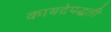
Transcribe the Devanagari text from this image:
कायदेपद्धती